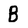
Character: B